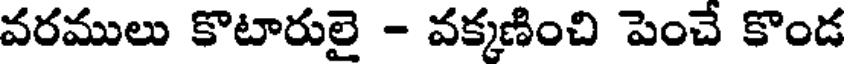
వరములు కొటారులై - వక్కణించి పెంచే కొండ